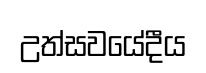
උත්සවයේදීය